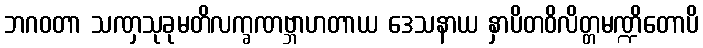
ဘဂဝတာ သဏှသုခုမတိလက္ခဏဗ္ဘာဟတာယ ဒေသနာယ နှာပိတဝိလိတ္တမဏ္ဍိတောပိ